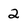
Character: 2